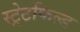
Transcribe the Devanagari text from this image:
स्ट्रेटफिल्ड